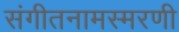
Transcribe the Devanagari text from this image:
संगीतनामस्मरणी